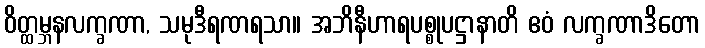
ဝိတ္ထမ္ဘနလက္ခဏာ, သမုဒီရဏရသာ။ အဘိနီဟာရပစ္စုပဋ္ဌာနာတိ ဧဝံ လက္ခဏာဒိတော